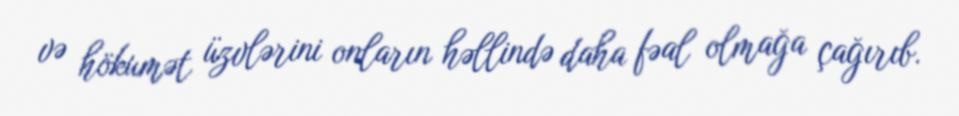
və hökumət üzvlərini onların həllində daha fəal olmağa çağırıb.